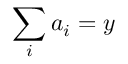
\sum _ { i } a _ { i } = y